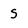
Character: S